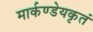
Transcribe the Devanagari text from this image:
मार्कण्डेयकृतं